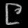
Digit: ၉